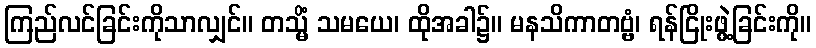
ကြည်လင်ခြင်းကိုသာလျှင်။ တသ္မိံ သမယေ၊ ထိုအခါ၌။ မနသိကာတဗ္ဗံ၊ ရန်ငြိုးဖွဲ့ခြင်းကို။